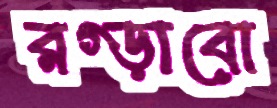
রগ্‌ড়াবো